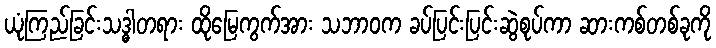
ယုံကြည်ခြင်းသဒ္ဓါတရား ထိုမြေကွက်အား သဘာဝက ခပ်ပြင်းပြင်းဆွဲစုပ်ကာ ဆားကစ်တစ်ခုကို